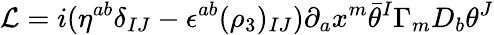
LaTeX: {\cal L}=i(\eta^{ab}\delta_{IJ}-\epsilon^{ab}(\rho_{3})_{IJ})\partial_{a}x^{m}\bar{\theta}^{I}\Gamma_{m}D_{b}\theta^{J}